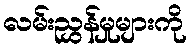
လမ်းညွှန်မှုများကို